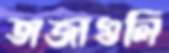
তাজাগুলি